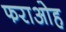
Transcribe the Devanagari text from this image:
फराओह